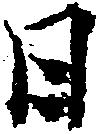
日